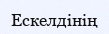
Ескелдінің